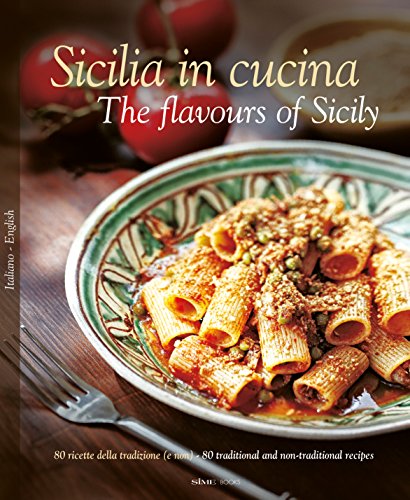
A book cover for Sicilia in Cucina: The Flavours of Sicily; Cookbooks, Food & Wine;